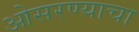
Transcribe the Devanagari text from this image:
ओसरण्याचा